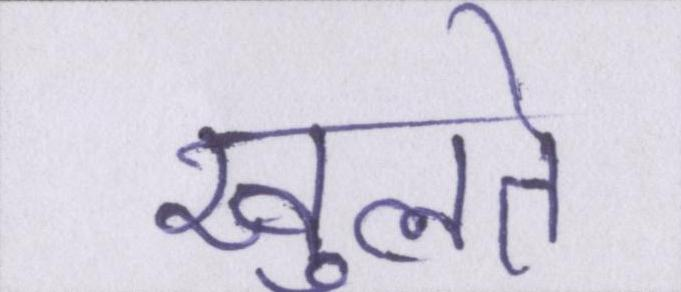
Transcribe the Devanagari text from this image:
खुलते